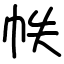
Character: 帙